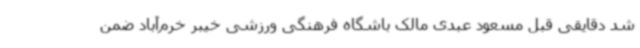
شد دقایقی قبل مسعود عبدی مالک باشگاه فرهنگی ورزشی خیبر خرم‌آباد ضمن